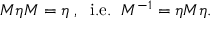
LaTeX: M \eta M = \eta \; , \; \; \mathrm { i . e . } \; \; M ^ { - 1 } = \eta M \eta .